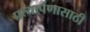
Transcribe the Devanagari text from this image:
प्रत्यार्पणासाठी